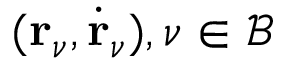
{ ( \mathbf { r } _ { \nu } , \dot { \mathbf { r } } _ { \nu } ) , \nu \in \mathcal { B } }